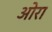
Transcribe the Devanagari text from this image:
ओरा